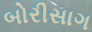
બોરીસાગ